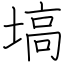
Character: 塙